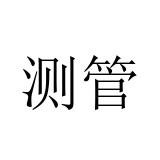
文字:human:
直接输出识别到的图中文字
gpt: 测管